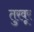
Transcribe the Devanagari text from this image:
तुरवूर